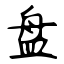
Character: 盘